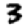
Digit: 3